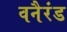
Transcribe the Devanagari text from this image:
वनैरंड